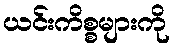
ယင်းကိစ္စများကို